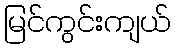
မြင်ကွင်းကျယ်